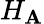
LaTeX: H_{\mathbf{A}}